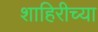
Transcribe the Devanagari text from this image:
शाहिरीच्या